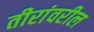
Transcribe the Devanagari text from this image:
तीरांवरील